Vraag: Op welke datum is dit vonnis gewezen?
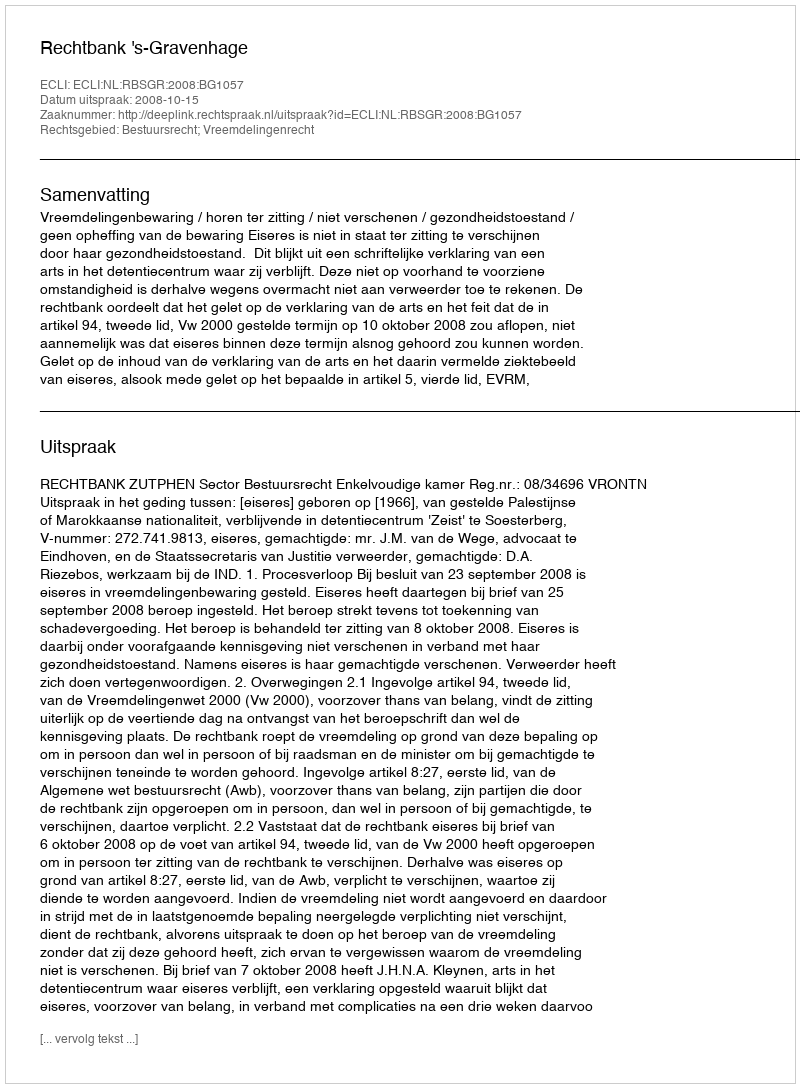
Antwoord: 2008-10-15